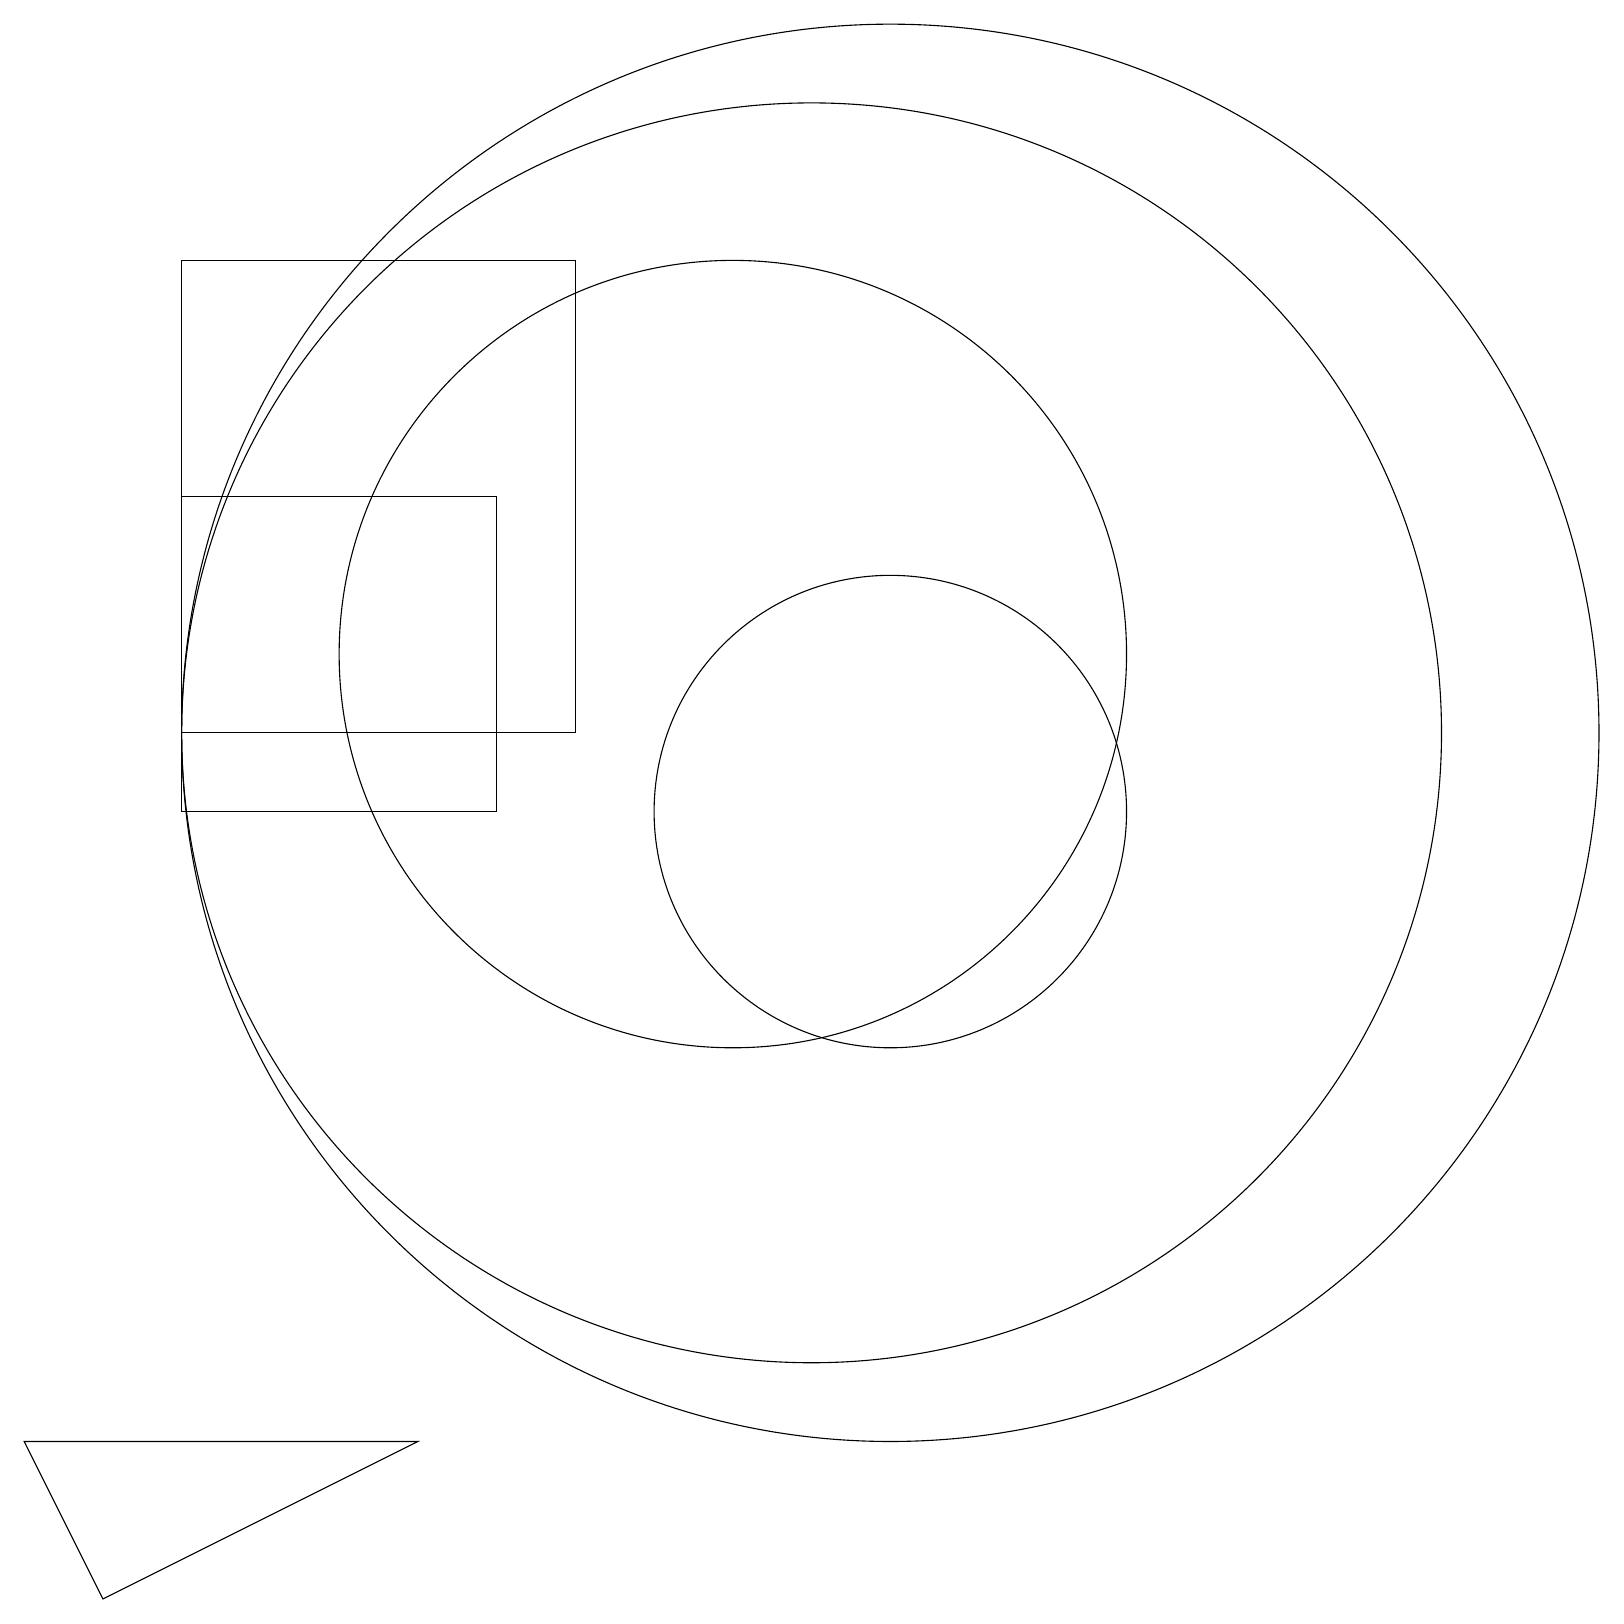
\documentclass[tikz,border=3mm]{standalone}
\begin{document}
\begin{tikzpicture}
\draw (7,10) rectangle (3,14);
\draw (10,12) circle (5);
\draw (11,11) circle (8);
\draw (12,10) circle (3);
\draw (3,17) rectangle (8,11);
\draw (6,2) -- (2,0) -- (1,2) -- cycle;
\draw (12,11) circle (9);
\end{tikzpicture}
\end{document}